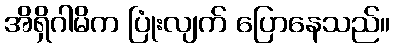
အိရှိဂါမိက ပြုံးလျက် ပြောနေသည်။